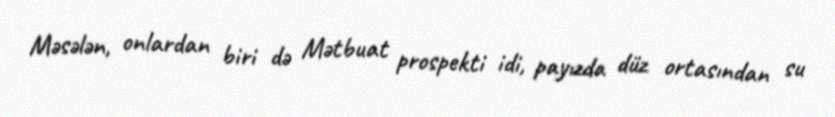
Məsələn, onlardan biri də Mətbuat prospekti idi, payızda düz ortasından su